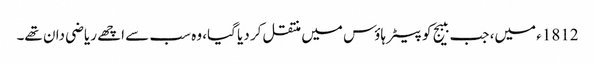
1812ء میں، جب ببیج کو پیٹر ہاؤس میں منتقل کر دیا گیا، وہ سب سے اچھے ریاضی دان تھے۔